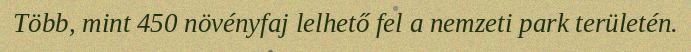
Több, mint 450 növényfaj lelhető fel a nemzeti park területén.